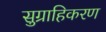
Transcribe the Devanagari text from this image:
सुग्राहिकरण